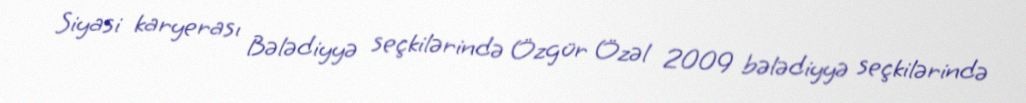
Siyasi karyerası Bələdiyyə seçkilərində Özgür Özəl 2009 bələdiyyə seçkilərində